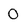
Character: 0